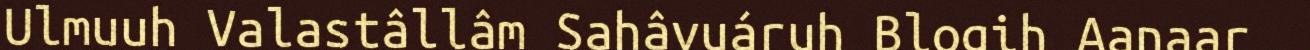
Ulmuuh Valastâllâm Sahâvuáruh Blogih Aanaar